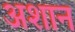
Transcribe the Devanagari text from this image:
अशान